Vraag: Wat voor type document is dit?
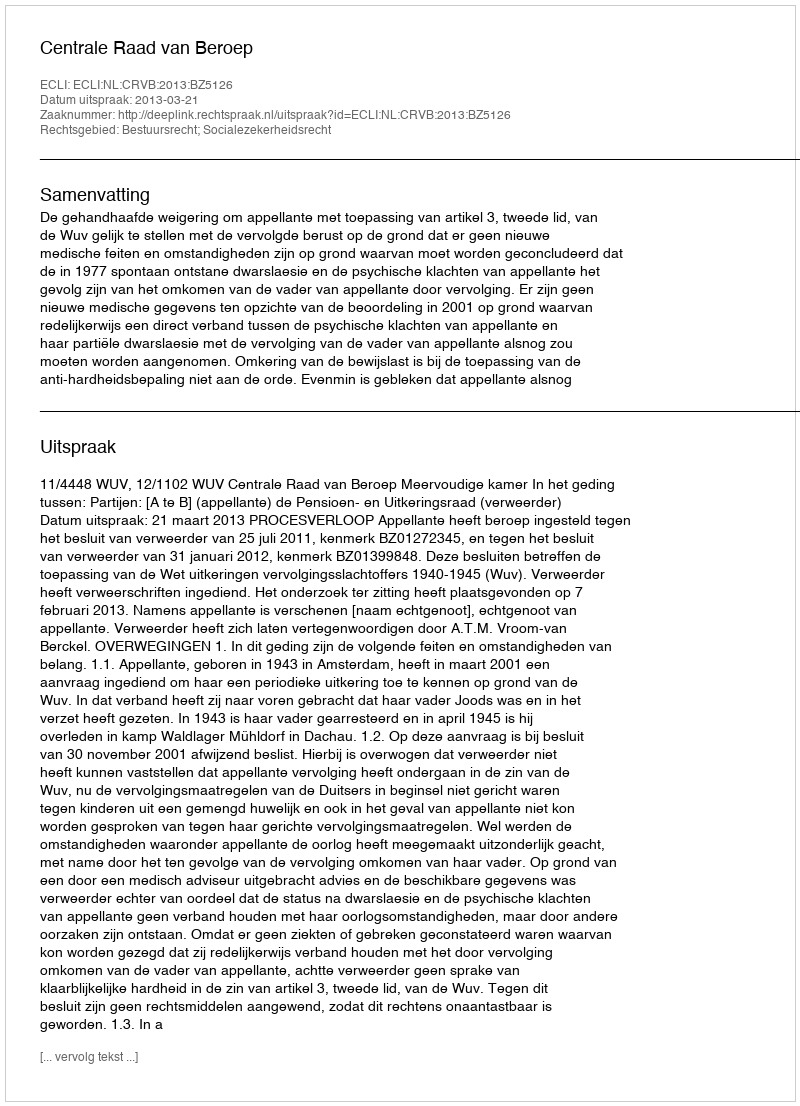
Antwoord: Uitspraak